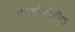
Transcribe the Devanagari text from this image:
कोऑपरेटीव्ह